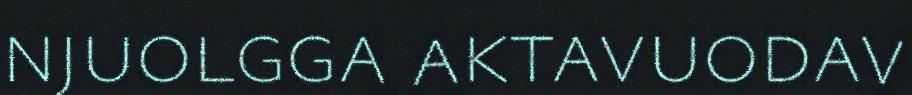
njuolgga aktavuodav